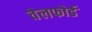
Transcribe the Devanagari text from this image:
चेलफोर्ड